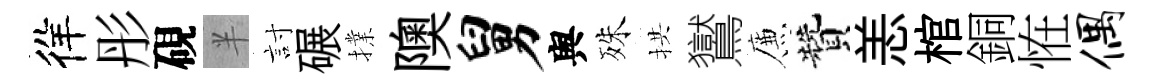
徉彤硯半討碾擈隩舅舆殊拱鸑簾贊恙棺銅恠偶